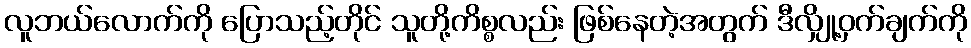
လူဘယ်လောက်ကို ပြောသည့်တိုင် သူတို့ကိစ္စလည်း ဖြစ်နေတဲ့အတွက် ဒီလျှို့ဝှက်ချက်ကို